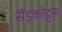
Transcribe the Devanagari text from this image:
सैंड्रकोट्टस